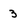
Character: 3